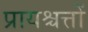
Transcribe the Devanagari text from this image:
प्रायश्चत्तों